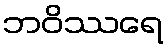
ဘဝိဿရေ